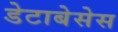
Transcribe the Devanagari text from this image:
डेटाबेसेस